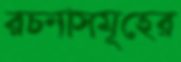
রচনাসমূহের